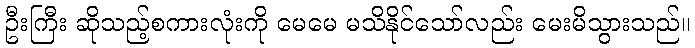
ဦးကြီး ဆိုသည့်စကားလုံးကို မေမေ မသိနိုင်သော်လည်း မေးမိသွားသည်။